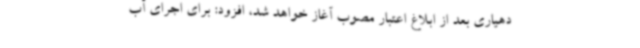
دهیاری بعد از ابلاغ اعتبار مصوب آغاز خواهد شد، افزود: برای اجرای آب